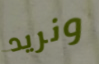
ونريد